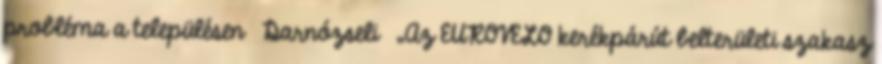
probléma a településen ▪Darnózseli ▪„Az EUROVELO kerékpárút belterületi szakasz